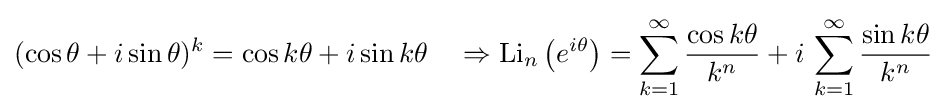
(\cos \theta +i\sin \theta )^{k}=\cos k\theta +i\sin k\theta \quad \Rightarrow \operatorname {Li} _{n}\left(e^{i\theta }\right)=\sum _{k=1}^{\infty }{\frac {\cos k\theta }{k^{n}}}+i\,\sum _{k=1}^{\infty }{\frac {\sin k\theta }{k^{n}}}